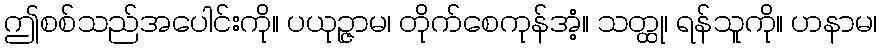
ဤစစ်သည်အပေါင်းကို။ ပယုဉ္ဇာမ၊ တိုက်စေကုန်အံ့။ သတ္ထု၊ ရန်သူကို။ ဟနာမ၊